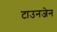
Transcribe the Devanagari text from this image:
टाउनजेन